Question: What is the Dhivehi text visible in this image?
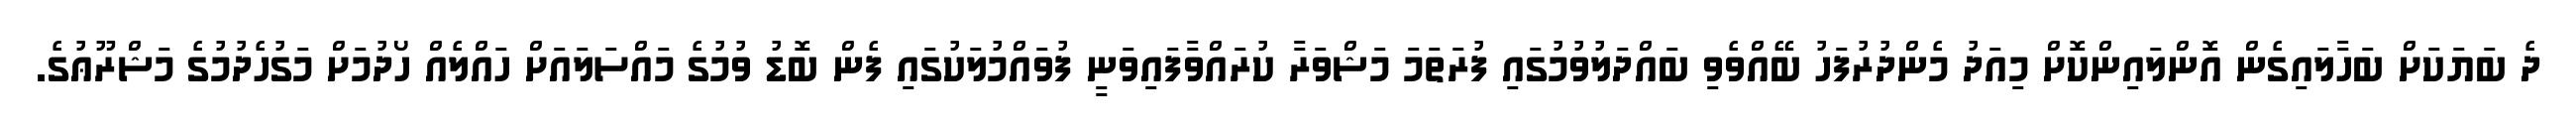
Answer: ދެ ބަޔަކަށް ބަހާލައިގެން އޮންލައިންކޮށް މިއަދު މެންދުރުފަހު ބޭއްވެވި ބައްދަލުވުމުގައި ފުރަތަމަ މަޝްވަރާ ކުރައްވާފައިވަނީ ފުވައްމުލަކުގައި ފެން ބޮޑު ވުމުގެ މައްސަލައަށް ހައްލެއް ހޯދުމަށް މަގުހެދުމުގެ މަޝްރޫޢުގެ.